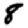
Digit: 8